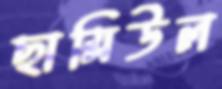
ছামিউল